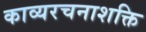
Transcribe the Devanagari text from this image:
काव्यरचनाशक्ति